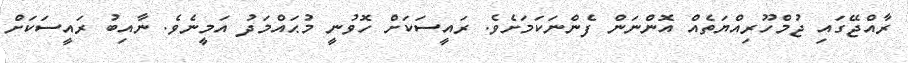
ރާއްޖޭގައި ޖުމްހޫރިއްޔަތެއް އޮންނަން ފެންނަކަމަށެވެ. ރައީސަކަށް ހޮވުނީ މުޙައްމަދު އަމީނެވެ. ނާއިބު ރައީސަކަށް